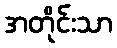
အတိုင်းသာ